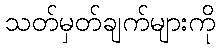
သတ်မှတ်ချက်များကို